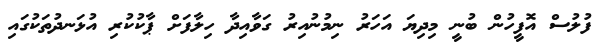
ފުލުސް އޮފީހުން ބުނީ މިދިޔަ އަހަރު ނިމުނުއިރު ގަވާއިދާ ހިލާފަށް ޕާކުކުރި އުޅަނދުތަކުގައި